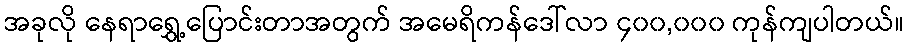
အခုလို နေရာရွှေ့ပြောင်းတာအတွက် အမေရိကန်ဒေါ်လာ ၄၀၀,၀၀၀ ကုန်ကျပါတယ်။